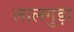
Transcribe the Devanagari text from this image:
लालगुड़ा